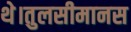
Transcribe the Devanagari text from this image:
थे।तुलसीमानस